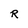
Character: R